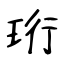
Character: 珩